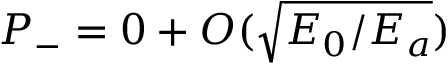
{ \cal P } _ { - } = 0 + { \cal O } ( \sqrt { E _ { 0 } / E _ { a } } )